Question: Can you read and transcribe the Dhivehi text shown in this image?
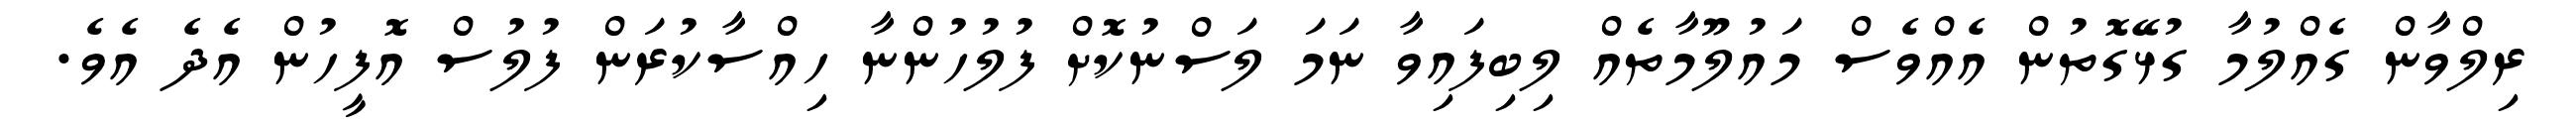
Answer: ރިލްވާން ގެއްލުމާ ގުޅޭގޮތުން އެއްވެސް މައުލޫމާތެއް ލިބިފައިވާ ނަމަ ލަސްނުކޮށް ފުލުހުންނާ ހިއްސާކުރަން ފުލުސް އޮފީހުން އެދެ އެވެ.